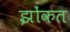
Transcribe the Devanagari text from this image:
झोंकत